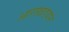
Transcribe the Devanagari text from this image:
आराखडयाने